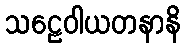
သဠေဝါယတနာနိ